Report of the Indian Hemp Drugs Commission, 1894-1895 - Volume III
Year: 1894
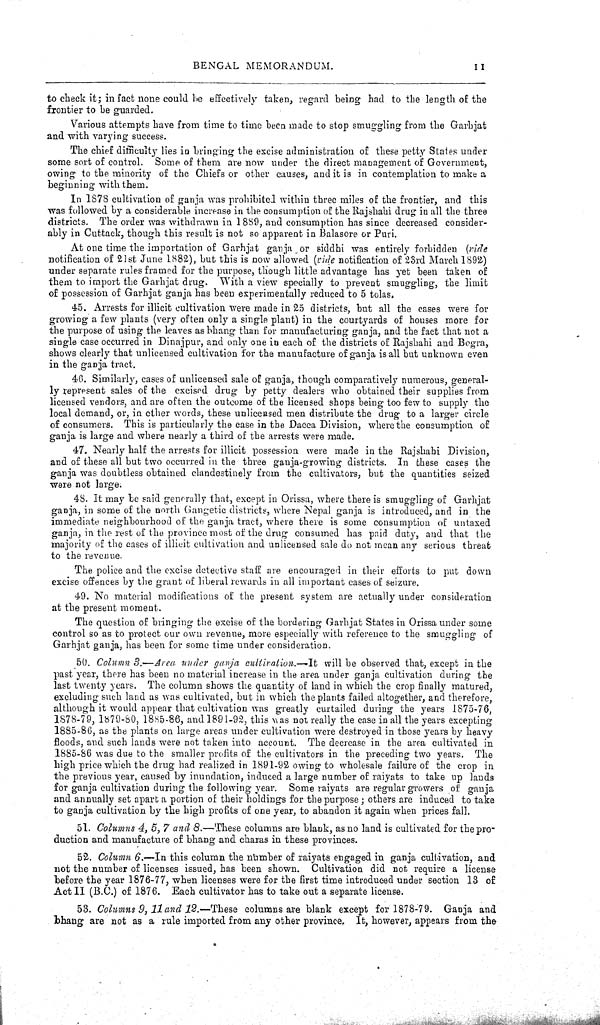
BENGAL MEMORANDUM. 11
to check it; in fact none could be effectively taken, regard being had to the length of the
frontier to be guarded.
Various attempts have from time to time been made to stop smuggling from the Garbjat
and with varying success.
The chief difficulty lies in bringing the excise administration of these petty States under
some sort of control. Some of them are now under the direct management of Government,
owing to the minority of the Chiefs or other causes, and it is in contemplation to make a
beginning with them.
In 1878 cultivation of ganja was prohibited within three miles of the frontier, and this
was followed by a considerable increase in the consumption of the Rajshahi drug in all the three
districts. The order was withdrawn in 1889, and consumption has since decreased consider-
ably in Cuttack, though this result is not so apparent in Balasore or Puri.
At one time the importation of Garhjat ganja or siddhi was entirely forbidden (vide
notification of 21st June 1882), but this is now allowed (vide notification of 23rd March 1892)
under separate rules framed for the purpose, though little advantage has yet been taken of
them to import the Garhjat drug. With a view specially to prevent smuggling, the limit
of possession of Garhjat ganja has been experimentally reduced to 5 tolas.
45. Arrests for illicit cultivation were made in 25 districts, but all the cases were for
growing a few plants (very often only a single plant) in the courtyards of houses more for
the purpose of using the leaves as bhang than for manufacturing ganja, and the fact that not a
single case occurred in Dinajpur, and only one in each of the districts of Rajshahi and Bogra,
shows clearly that unlicensed cultivation for the manufacture of ganja is all but unknown even
in the ganja tract.
46. Similarly, cases of unlicensed sale of ganja, though comparatively numerous, general-
ly represent sales of the excised drug by petty dealers who obtained their supplies from
licensed vendors, and are often the outcome of the licensed shops being too few to supply the
local demand, or, in other words, these unlicensed men distribute the drug to a larger circle
of consumers. This is particularly the case in the Dacca Division, where the consumption of
ganja is large and where nearly a third of the arrests were made.
47. Nearly half the arrests for illicit possession were made in the Rajshahi Division,
and of these all but two occurred in the three ganja-growing districts. In these cases the
ganja was doubtless obtained clandestinely from the cultivators, but the quantities seized
were not large.
48. It may be said generally that, except in Orissa, where there is smuggling of Garhjat
ganja, in some of the north Gangetic districts, where Nepal ganja is introduced, and in the
immediate neighbourhood of the ganja tract, where there is some consumption of untaxed
ganja, in the rest of the province most of the drug consumed has paid duty, and that the
majority of the cases of illicit cultivation and unlicensed sale do not mean any serious threat
to the revenue.
The police and the excise detective staff are encouraged in their efforts to put down
excise offences by the grant of liberal rewards in all important cases of seizure.
49. No material modifications of the present system are actually under consideration
at the present moment.
The question of bringing the excise of the bordering Garhjat States in Orissa under some
control so as to protect our own revenue, more especially with reference to the smuggling of
Garhjat ganja, has been for some time under consideration.
50. Column 3.—Area under ganja cultivation.—It
will be observed that, except in the
past year, there has been no material increase in the area under ganja cultivation during the
last twenty years. The column shows the quantity of land in which the crop finally matured,
excluding such land as was cultivated, but in which the plants failed altogether, and therefore,
although it would appear that cultivation was greatly curtailed during the years 1875-76,
1878-79, 1879-80, 1885-86, and 1891-92, this was not really the case in all the years excepting
1885-86, as the plants on large areas under cultivation were destroyed in those years by heavy
floods, and such lands were not taken into account. The decrease in the area cultivated in
1885-86 was due to the smaller profits of the cultivators in the preceding two years. The
high price which the drug had realized in 1891-92 owing to wholesale failure of the crop in
the previous year, caused by inundation, induced a large number of raiyats to take up lands
for ganja cultivation during the following year. Some raiyats are regular growers of ganja
and annually set apart a portion of their holdings for the purpose; others are induced to take
to ganja cultivation by the high profits of one year, to abandon it again when prices fall.
51. Columns 4, 5, 7 and 8.—These columns are blank, as no land is cultivated for the pro-
duction and manufacture of bhang and charas in these provinces.
52. Column 6.—In this column the number of raiyats engaged in ganja cultivation, and
not the number of licenses issued, has been shown. Cultivation did not require a license
before the year 1876-77, when licenses were for the first time introduced under section 13 of
Act II (B.C.) of 1876. Each cultivator has to take out a separate license.
53. Columns 9, 11 and 12.—These columns are blank except for 1878-79. Ganja and
bhang are not as a rule imported from any other province. It, however, appears from the